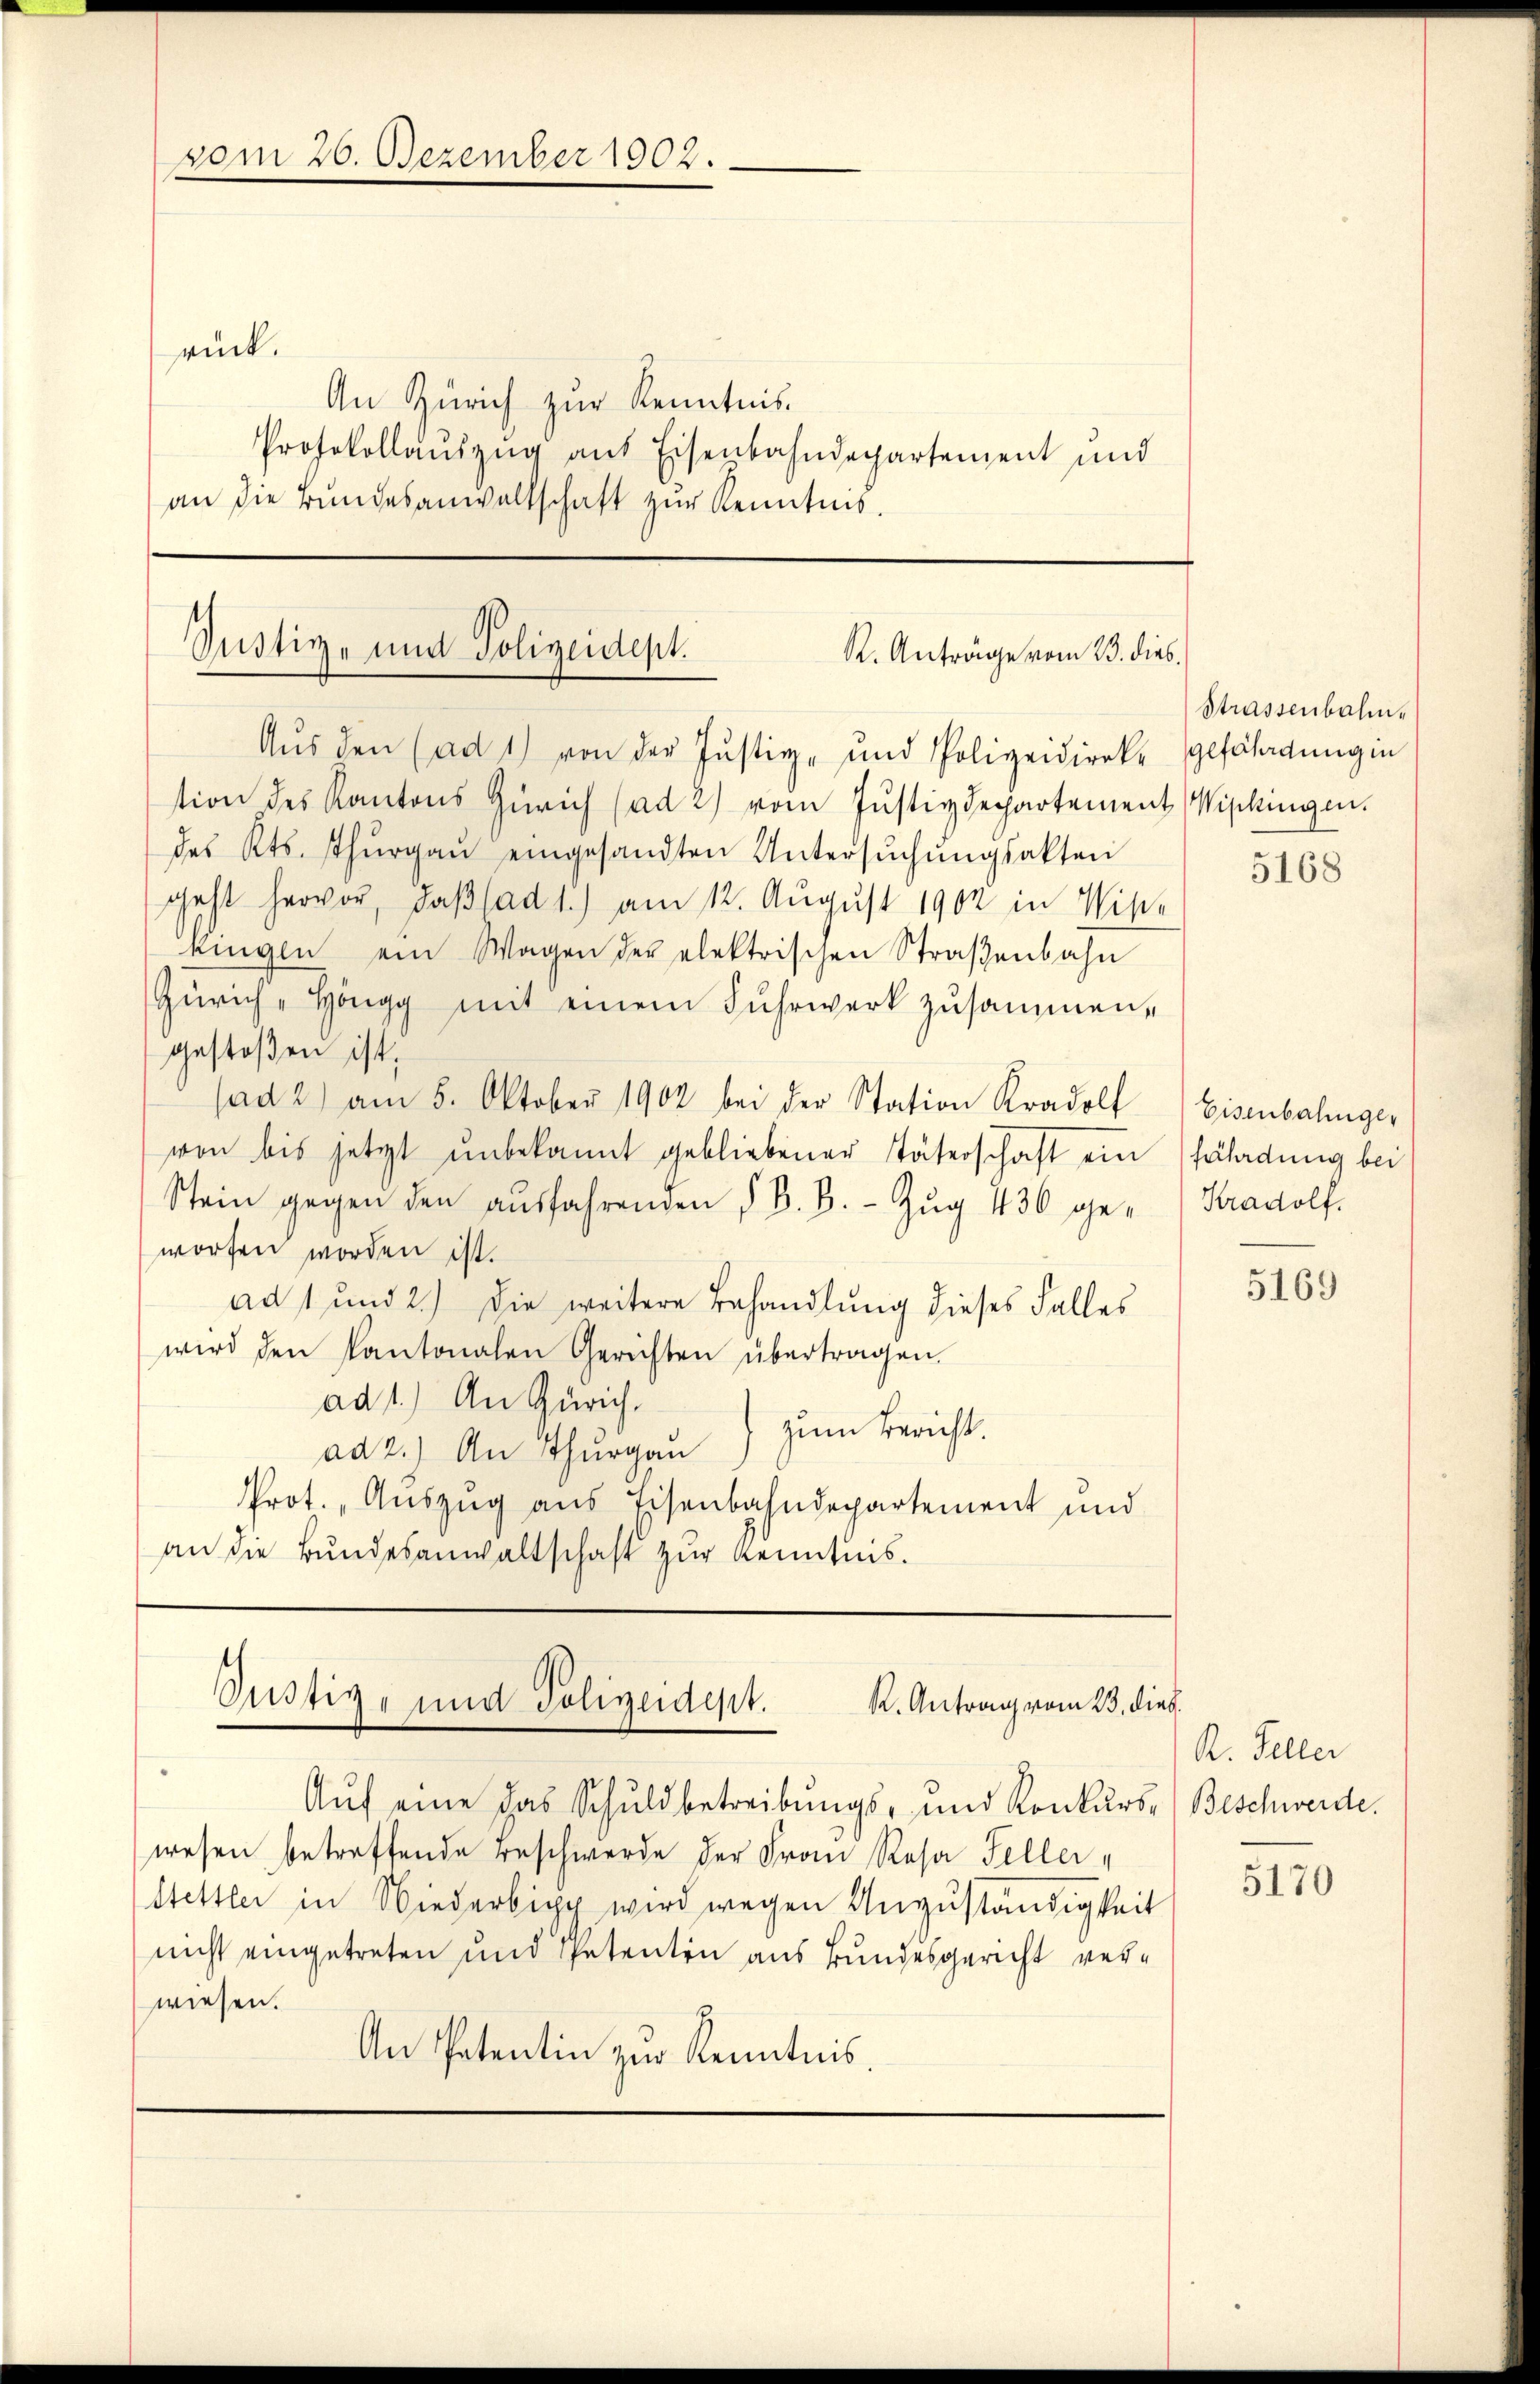
vom 26. Dezember 1902.

rück.
An Zürich zur Kenntnis.
Protokollaŭszŭg aus Eisenbahndepartement und
an die Bŭndesanwaltschaft zŭr Kenntnis.

Justiz- und Polizeidept.
R. Anträge vom 23. dies.
Aŭs den (ad 1) von der Justiz- und Polizeidireke gefährdung in

tion des Kantons Zürich (ad 2) vom Justizdepartement Wipkingen.
des Kts. Thŭrgaŭ eingesandten Untersŭchŭngsakten
geht hervor, daß ad 1.) am 12. August 1902 in Wis-
tingen ein Wagen der elektrischen Straβenbahn
Zürich-Höngg mit einem Fuhrwerk zusammengestoßen ist.
(ad 2.) am 5. Oktober 1902 bei der Station Kradolf
von bis jetzt unbekannt gebliebener Täterschaft ein
Stein gegen den aŭsfahrenden § 8. B. - Zug 430 geworfen worden ist.
ad 1 und 2.) Die weitere Behandlung dieses Falles
wird den Kantonalen Gerichten übertragen.
ad 1.) An Zürich.
) zum Bericht.
ad 2.) An Thurgau
Prot., Auszug aus Eisenbahndepartement und
an die Bundesanwaltschaft zur Kenntnis.

Justiz- und Polizeidept. K. Antrag vom 23. dieß.

Aŭf eine das Schuldbetreibungs- und Konkurs- Beschwerde.
wesen betreffende Beschwerde der Frau Rosa Feller,
Stettler in Niederbipp wird wegen Anzuständigkeit
nicht eingetreten und Spetenten aus Bundesgericht verwiesen.
An Patentin zur Kenntnis.

Strassenbahn¬

5168

Eisenbahnger
fährdung bei
Kradolf.

5169

R. Feller

5170